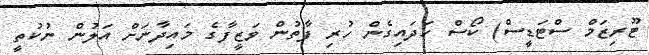
ޓޫރިޒަމް ސްޓަޑީސް) ކޯސް ހަދައިގެން ހުރި ފާތުން ވަޒީފާގެ މައިދާނަށް އަލުން ނުކުތީ